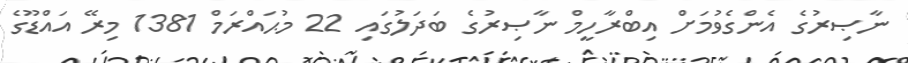
ނާޞިރުގެ އެންގެވުމަށް އިބްރާހީމް ނާޞިރުގެ ބަދަލުގައި 22 މުޙައްރަމް 1381 މިރޭ އައްޑޫގެ